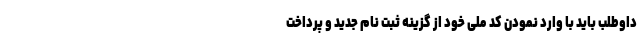
داوطلب باید با وارد نمودن کد ملی خود از گزینه ثبت نام جدید و پرداخت